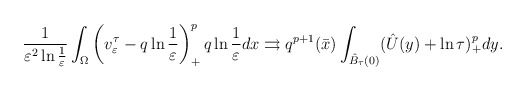
\begin{align*}\frac{1}{\varepsilon^2\ln\frac{1}{\varepsilon}}\int_\Omega\left( v^\tau_\varepsilon-q\ln\frac{1}{\varepsilon}\right) ^{p}_+q\ln\frac{1}{\varepsilon} dx\rightrightarrows q^{p+1}(\bar{x})\int_{\hat{B}_\tau(0)}(\hat{U}(y)+\ln\tau)^{p}_+dy.\end{align*}